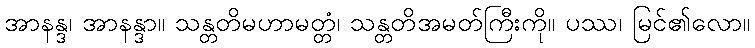
အာနန္ဒ၊ အာနန္ဒာ။ သန္တတိမဟာမတ္တံ၊ သန္တတိအမတ်ကြီးကို။ ပဿ၊ မြင်၏လော။